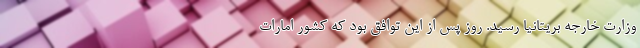
وزارت خارجه بریتانیا رسید. روز پس از این توافق بود که کشور امارات